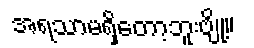
အရသာမရှိတော့ဘူးဗျို့။